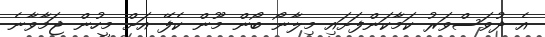
އެ ދުވަސްވަރު ކަމާކަންފަށައި މިލާނޯ ބޯން މޫން ކެފޭ އަށް މީހުން ޖަމާވާނެ